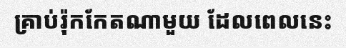
គ្រាប់រ៉ុកកែតណាមួយ ដែលពេលនេះ